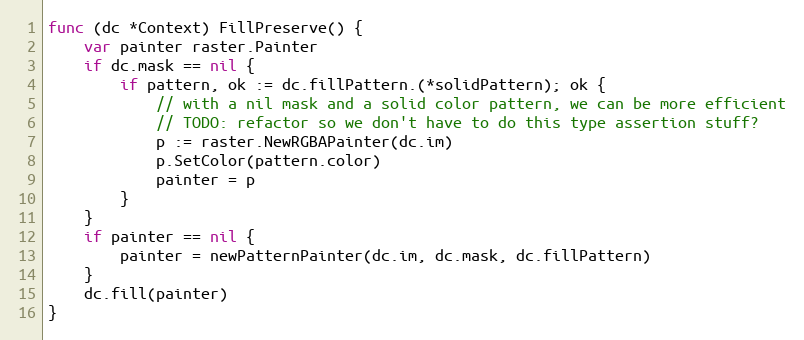
Language: Go
func (dc *Context) FillPreserve() {
	var painter raster.Painter
	if dc.mask == nil {
		if pattern, ok := dc.fillPattern.(*solidPattern); ok {
			// with a nil mask and a solid color pattern, we can be more efficient
			// TODO: refactor so we don't have to do this type assertion stuff?
			p := raster.NewRGBAPainter(dc.im)
			p.SetColor(pattern.color)
			painter = p
		}
	}
	if painter == nil {
		painter = newPatternPainter(dc.im, dc.mask, dc.fillPattern)
	}
	dc.fill(painter)
}